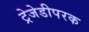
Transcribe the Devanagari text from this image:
ट्रेजेडीपरक